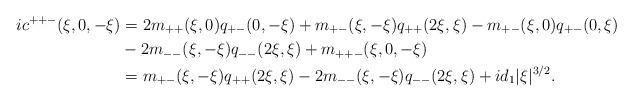
LaTeX: \begin{align*}ic^{++-}(\xi,0,-\xi) & = 2m_{++}(\xi,0) q_{+-}(0,-\xi)+ m_{+-}(\xi,-\xi) q_{++}(2\xi, \xi) - m_{+-}(\xi,0) q_{+-}(0, \xi)\\& - 2m_{--}(\xi,-\xi) q_{--}(2\xi, \xi)+ m_{++-}(\xi,0,-\xi)\\& = m_{+-}(\xi,-\xi) q_{++}(2\xi, \xi) - 2m_{--}(\xi,-\xi) q_{--}(2\xi, \xi) + i d_1|\xi|^{3/2} . \end{align*}